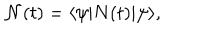
{ \cal N } ( t ) = \langle \psi | N ( t ) | \psi \rangle ,